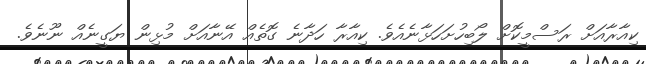
ކިއާރާއަށް ރަސްމީކޮށް ލޯބިހުށަހަޅާނެއެވެ. ކިއާރާ ހަދާނެ ގޮތެއް އޭނާއަށް މުޅިން ޔަގީނެއް ނޫނެވެ.